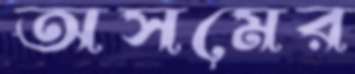
অসমের